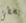
يخطئ